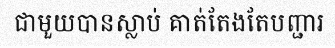
ជាមួយបានស្លាប់ គាត់តែងតែបញ្ជារ